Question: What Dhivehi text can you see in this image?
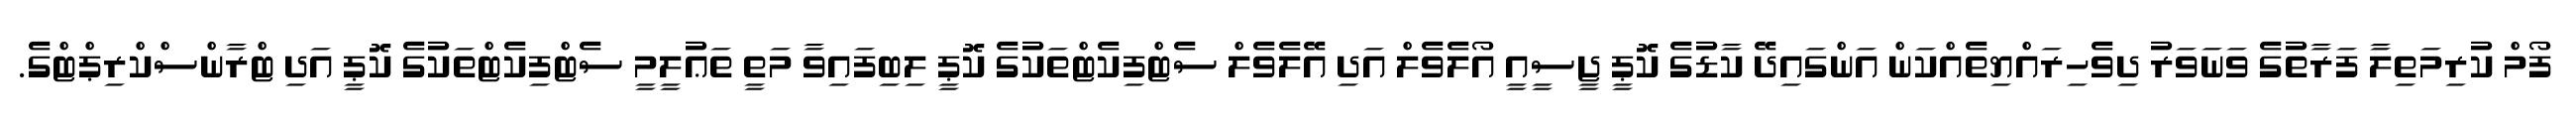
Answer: ފޯމް ކުރިމަތިލާ ފަރާތުގެ ވަނަވަރު ދިވެހިރައްޔިތެއްކަން އަންގައިދޭ ކާޑުގެ ކޮޕީ ޖީސީއީ އޯލެވެލް އަދި އޭލެވެލް ސެޓްފިކެޓްތަކުގެ ކޮޕީ ލިބިފައިވާ މަތީ ތަޢުލީމީ ސެޓްފިކެޓްތަކުގެ ކޮޕީ އަދި ޓްރާންސްކްރިޕްޓްގެ.